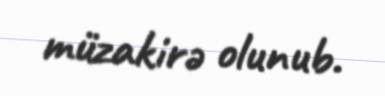
müzakirə olunub.